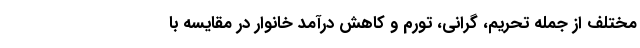
مختلف از جمله تحریم، گرانی، تورم و کاهش درآمد خانوار در مقایسه با